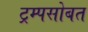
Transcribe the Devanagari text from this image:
ट्रम्पसोबत